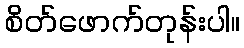
စိတ်ဖောက်တုန်းပါ။